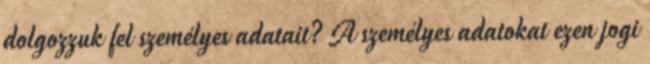
dolgozzuk fel személyes adatait? A személyes adatokat ezen jogi